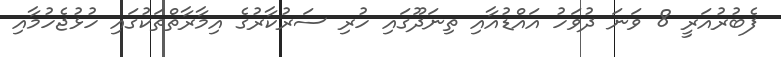
ފެބުރުއަރީ 8 ވަނަ ދުވަހު އައްޑުއާއި ތިނަދޫގައި ހުރި ސަރުކާރުގެ އިމާރާތްތަކުގައި ހުޅުޖެހުމާއި